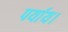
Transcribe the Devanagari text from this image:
पर्याय।